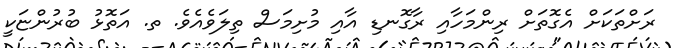
ރަށްތަކަށް އެގޮތަށް ރިންމަހާއި ރާގޮނޑި އާއި މުށިމަސް ތިލަވެއެވެ. ތ. އަތޮޅު ބުރުންޏަކީ